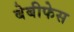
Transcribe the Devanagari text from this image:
बेबीफेस